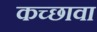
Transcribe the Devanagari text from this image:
कच्छावा